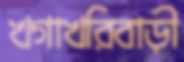
খগাখরিবাড়ী